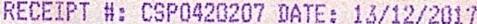
RECEIPT #: CSP0420207 DATE: 13/12/2017